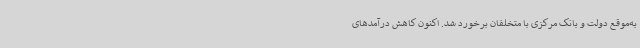
به‌موقع دولت و بانک مرکزی با متخلفان برخورد شد. اکنون کاهش درآمدهای